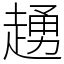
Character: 䞻